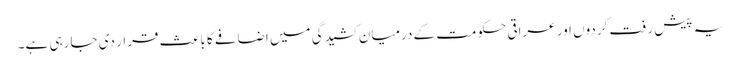
یہ پیش رفت کردوں اور عراقی حکومت کے درمیان کشیدگی میں اضافے کا باعث قرار دی جا رہی ہے۔